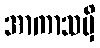
အာကာသမှိ